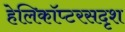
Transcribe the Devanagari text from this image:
हेलिकॉप्टरसदृश